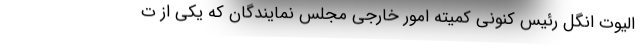
الیوت انگل رئیس کنونی کمیته امور خارجی مجلس نمایندگان که یکی از ت